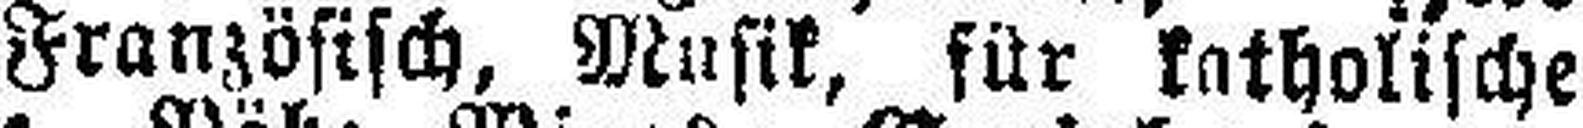
Französisch, Musik, für katholische